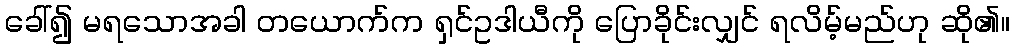
ခေါ်၍ မရသောအခါ တယောက်က ရှင်ဥဒါယီကို ပြောခိုင်းလျှင် ရလိမ့်မည်ဟု ဆို၏။